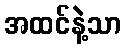
အထင်နဲ့သာ